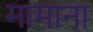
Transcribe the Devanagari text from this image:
मामाना